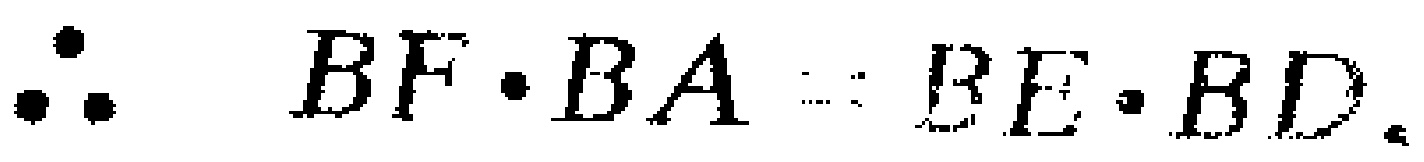
\(\therefore BF\cdot BA = BE\cdot BD.\)